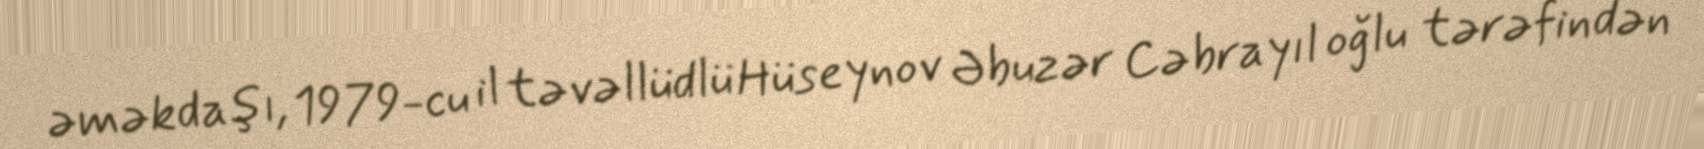
əməkdaşı, 1979-cu il təvəllüdlü Hüseynov Əbuzər Cəbrayıl oğlu tərəfindən